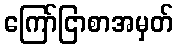
ကြော်ငြာစာအမှတ်